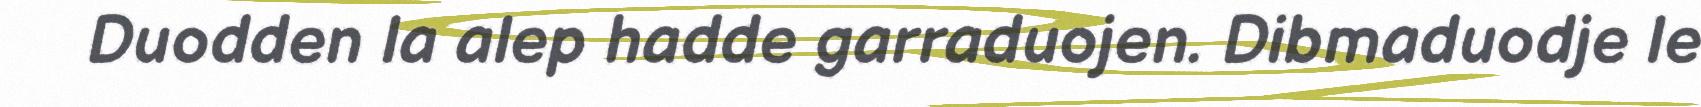
Duodden la alep hadde garraduojen. Dibmaduodje le